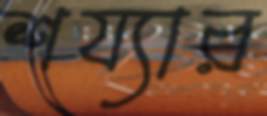
শয্যার